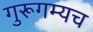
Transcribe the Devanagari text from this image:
गुरूगम्यच